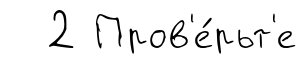
2 Пров'е́рьт'е